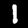
Label: 1